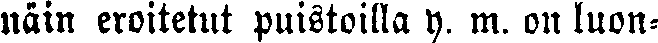
näin eroitetut puistoilla y. m. on luon-